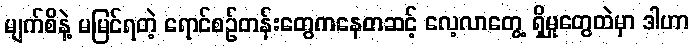
မျက်စိနဲ့ မမြင်ရတဲ့ ရောင်စဉ်တန်းတွေကနေတဆင့် လေ့လာတွေ့ ရှိမှုတွေထဲမှာ ဒါဟာ